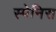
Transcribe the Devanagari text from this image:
स्पेनिस